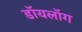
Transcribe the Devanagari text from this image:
डॉयलॉग